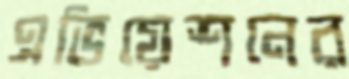
এভিয়েশনের